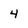
Character: 4